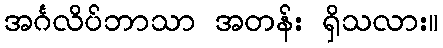
အင်္ဂလိပ်ဘာသာ အတန်း ရှိသလား။